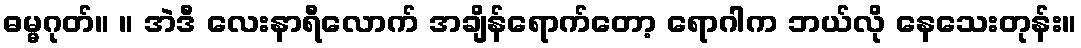
ဓမ္မဂုတ်။ ။ အဲဒီ လေးနာရီလောက် အချိန်ရောက်တော့ ရောဂါက ဘယ်လို နေသေးတုန်း။